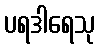
ပရဒါရေသု